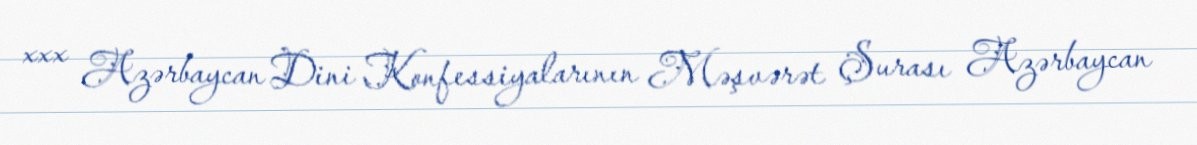
xxx Azərbaycan Dini Konfessiyalarının Məşvərət Şurası Azərbaycan